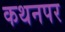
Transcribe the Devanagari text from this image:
कथनपर